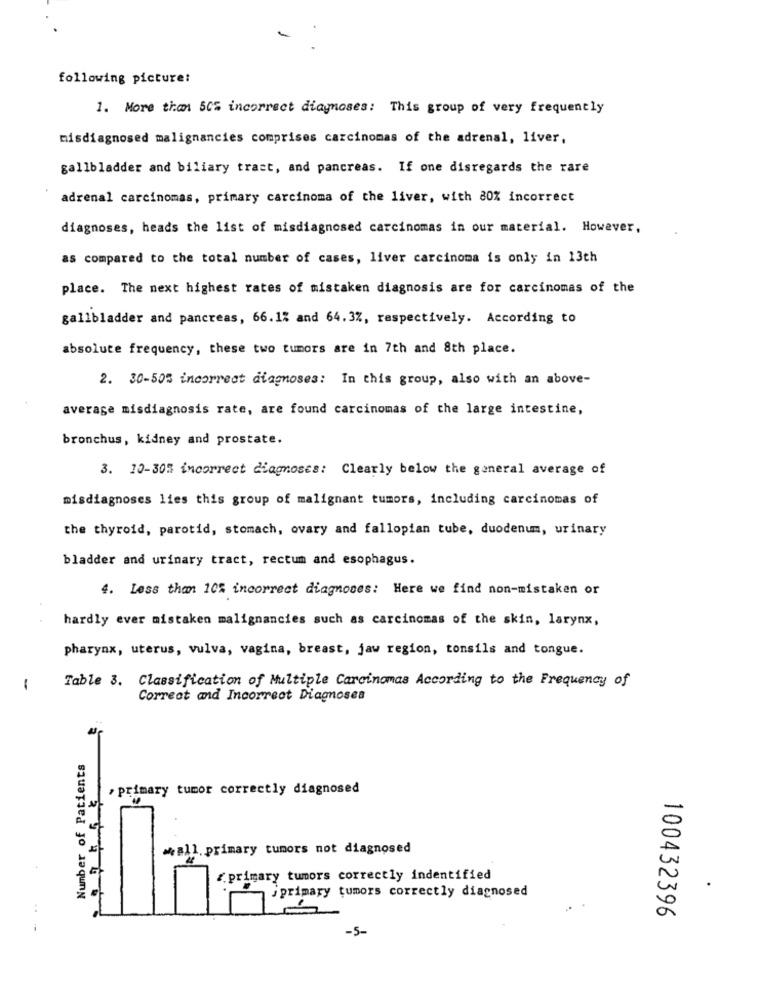
following picture:
1. More than 50% incorrect diagnoses: This group of very frequently
misdiagnosed malignancies comprises carcinomas of the adrenal, liver,
gallbladder and biliary tract, and pancreas. If one disregards the rare
adrenal carcinomas, primary carcinoma of the liver, with 80% incorrect
diagnoses, heads the list of misdiagnosed carcinomas in our material. However,
as compared to the total number of cases, liver carcinoma is only in 13th
place. The next highest rates of mistaken diagnosis are for carcinomas of the
gallbladder and pancreas, 66.1% and 64.3%, respectively. According to
absolute frequency, these two tumors are in 7th and 8th place.
2. 30-505 incorrect diagnoses: In this group, also with an above-
average misdiagnosis rate, are found carcinomas of the large intestine,
bronchus, kidney and prostate.
3. 10-30% incorrect diagnoses: Clearly below the general average of
misdiagnoses lies this group of malignant tumors, including carcinomas of
the thyroid, parotid, stomach, ovary and fallopian tube, duodenum, urinary
bladder and urinary tract, rectum and esophagus.
4. Less than 10% incorrect diagnoses: Here we find non-mistaken or
hardly ever mistaken malignancies such as carcinomas of the skin, larynx,
pharynx, uterus, vulva, vagina, breast, jaw region, tonsils and tongue.
-
Table 3. Classification of Multiple Carcinomas According to the Frequency of
Correct and Incorrect Diagnoses
Number of Patients
, primary tumor correctly diagnosed
*call. primary tumors not diagnosed
{primary tumors correctly indentified
j primary tumors correctly diagnosed
100432396
-5-